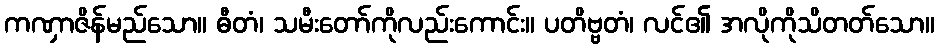
ကဏှာဇိန်မည်သော။ ဓီတံ၊ သမီးတော်ကိုလည်းကောင်း။ ပတိဗ္ဗတံ၊ လင်၏ အလိုကိုသိတတ်သော။